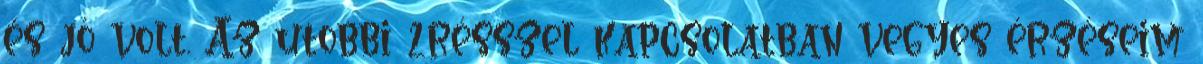
és jó volt. Az utobbi 2résszel kapcsolatban vegyes érzéseim